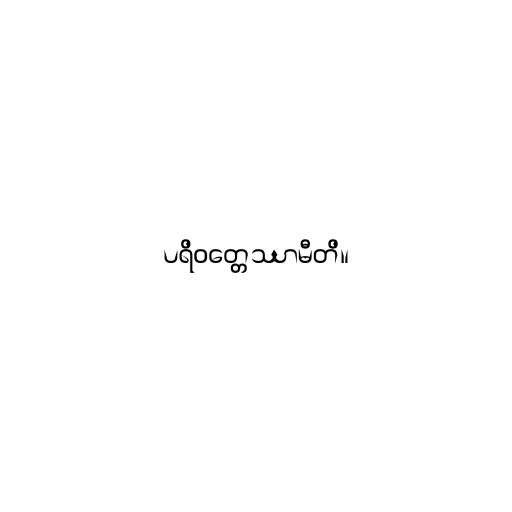
ပရိဝတ္တေဿာမီတိ။